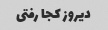
دیروز کجا رفتی